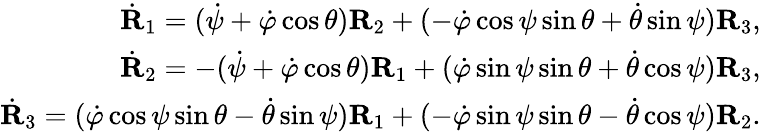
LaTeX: \begin{array}{r}{\dot{\mathbf R}_{1}=(\dot{\psi}+\dot{\varphi}\cos\theta){\mathbf R}_{2}+(-\dot{\varphi}\cos\psi\sin\theta+\dot{\theta}\sin\psi){\mathbf R}_{3},}\\ {\dot{\mathbf R}_{2}=-(\dot{\psi}+\dot{\varphi}\cos\theta){\mathbf R}_{1}+(\dot{\varphi}\sin\psi\sin\theta+\dot{\theta}\cos\psi){\mathbf R}_{3},}\\ {\dot{\mathbf R}_{3}=(\dot{\varphi}\cos\psi\sin\theta-\dot{\theta}\sin\psi){\mathbf R}_{1}+(-\dot{\varphi}\sin\psi\sin\theta-\dot{\theta}\cos\psi){\mathbf R}_{2}.}\end{array}